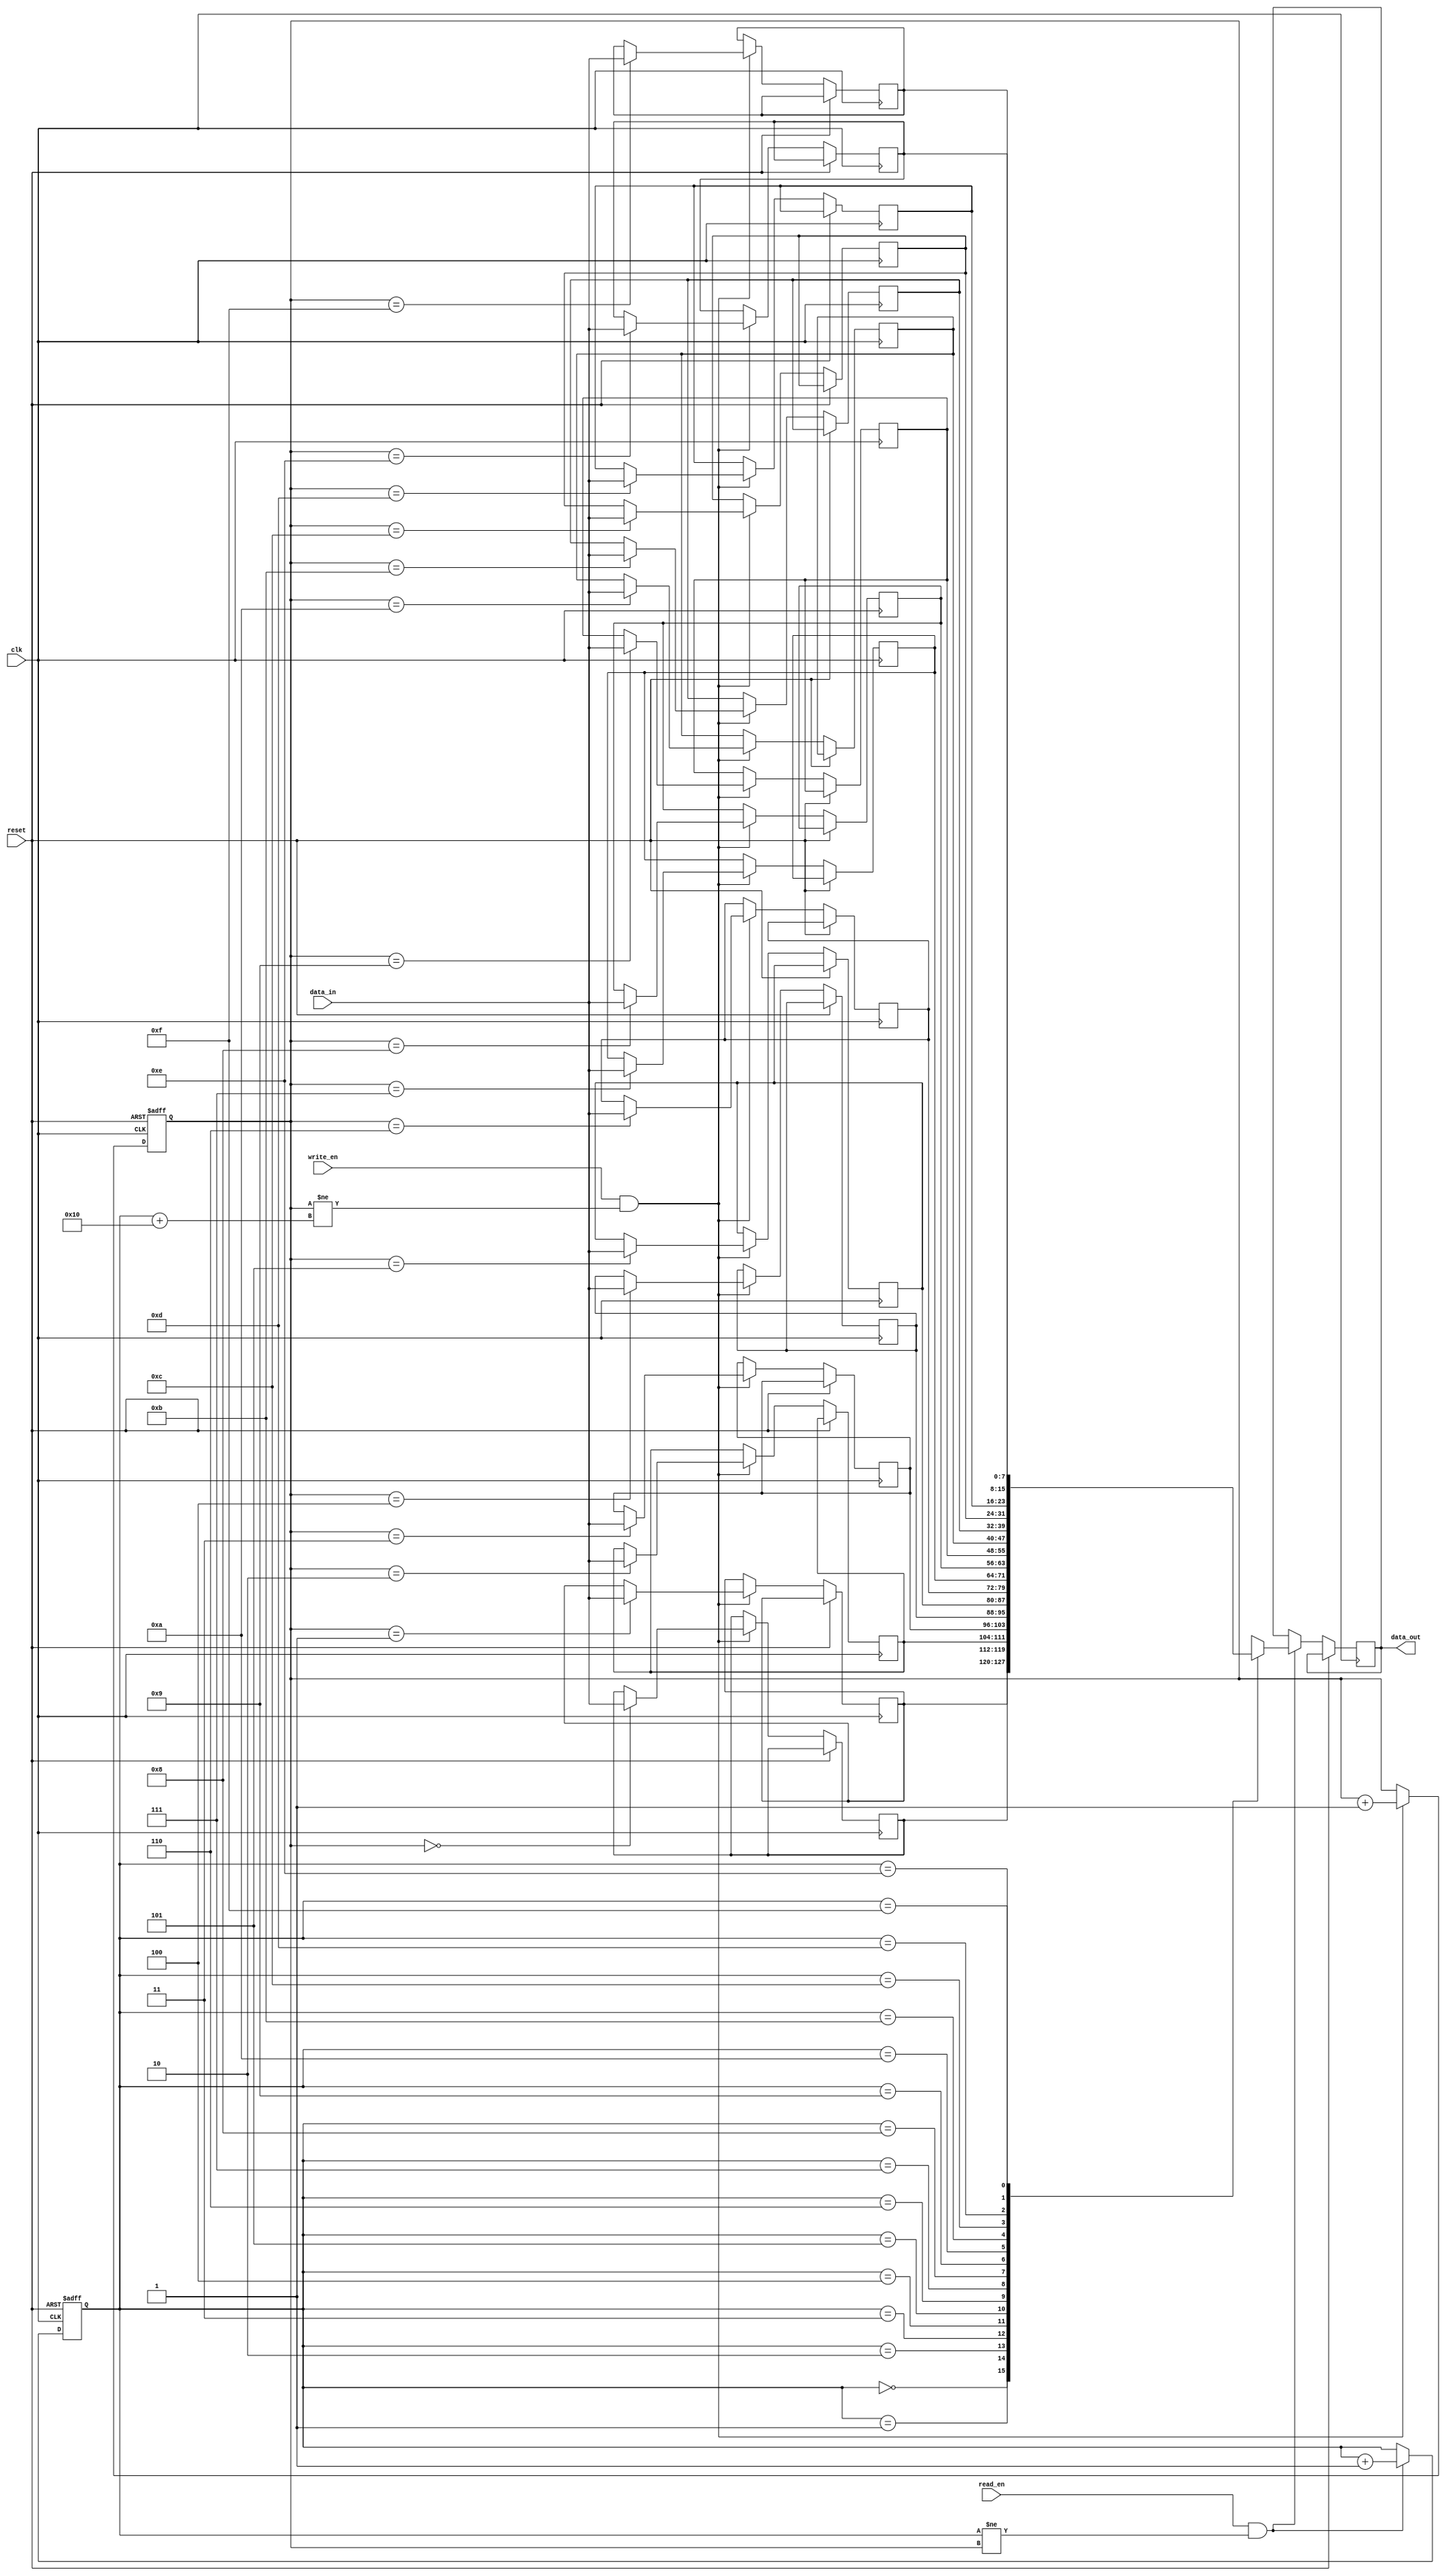
module asynchronous_fifo(
    input wire clk,
    input wire reset,
    input wire read_en,
    input wire write_en,
    input wire [DATA_WIDTH-1:0] data_in,
    output reg [DATA_WIDTH-1:0] data_out
);

parameter DATA_WIDTH = 8;
parameter FIFO_DEPTH = 16;

reg [DATA_WIDTH-1:0] fifo [0:FIFO_DEPTH-1];
reg [3:0] r_ptr;
reg [3:0] w_ptr;

always @(posedge clk or posedge reset) begin
    if (reset) begin
        r_ptr <= 0;
        w_ptr <= 0;
    end else begin
        if (read_en && r_ptr != w_ptr) begin
            data_out <= fifo[r_ptr];
            r_ptr <= r_ptr + 1;
        end
        
        if (write_en && w_ptr != r_ptr + FIFO_DEPTH) begin
            fifo[w_ptr] <= data_in;
            w_ptr <= w_ptr + 1;
        end
    end
end

endmodule